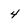
Character: 4